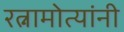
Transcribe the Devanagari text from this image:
रत्नामोत्यांनी